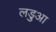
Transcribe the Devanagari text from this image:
लड़ुआ